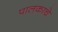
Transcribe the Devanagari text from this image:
पालकाचे